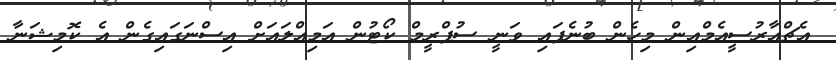
އެޗްއާރުސީއެމްއިން މިހެން ބުނެފައި ވަނީ ސުޕްރީމް ކޯޓުން އަމިއްލައަށް އިސްނަގައިގެން އެ ކޮމިޝަނާ